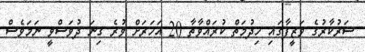
ސަރުކާރުގެ ވަޒީފާގައި ހިދުމަތް ކުރައްވާތާ 20 އަހަރަށް ވުރެ ގިނަ ދުވަސްވީ ނަމަވެސް